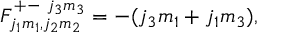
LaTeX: F _ { j _ { 1 } m _ { 1 } , j _ { 2 } m _ { 2 } } ^ { + - ~ j _ { 3 } m _ { 3 } } = - ( j _ { 3 } m _ { 1 } + j _ { 1 } m _ { 3 } ) ,